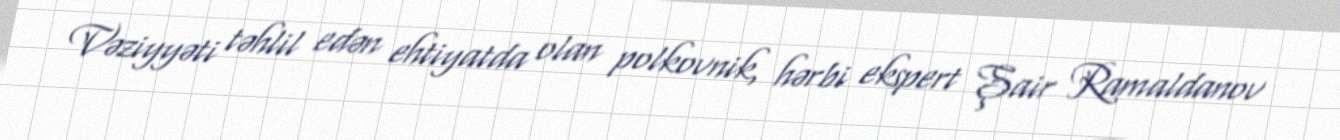
Vəziyyəti təhlil edən ehtiyatda olan polkovnik, hərbi ekspert Şair Ramaldanov